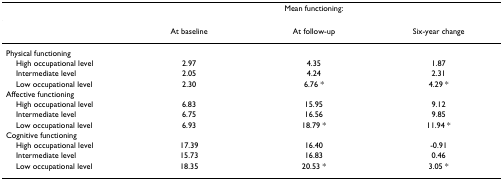
<table><thead><tr><td></td><td colspan="3"><b>Mean functioning:</b></td></tr></thead><tbody><tr><td></td><td>At baseline</td><td>At follow-up</td><td>Six-year change</td></tr><tr><td>Physical functioning</td><td></td><td></td><td></td></tr><tr><td> High occupational level</td><td>2.97</td><td>4.35</td><td>1.87</td></tr><tr><td> Intermediate level</td><td>2.05</td><td>4.24</td><td>2.31</td></tr><tr><td> Low occupational level</td><td>2.30</td><td>6.76 *</td><td>4.29 *</td></tr><tr><td>Affective functioning</td><td></td><td></td><td></td></tr><tr><td> High occupational level</td><td>6.83</td><td>15.95</td><td>9.12</td></tr><tr><td> Intermediate level</td><td>6.75</td><td>16.56</td><td>9.85</td></tr><tr><td> Low occupational level</td><td>6.93</td><td>18.79 *</td><td>11.94 *</td></tr><tr><td>Cognitive functioning</td><td></td><td></td><td></td></tr><tr><td> High occupational level</td><td>17.39</td><td>16.40</td><td>-0.91</td></tr><tr><td> Intermediate level</td><td>15.73</td><td>16.83</td><td>0.46</td></tr><tr><td> Low occupational level</td><td>18.35</td><td>20.53 *</td><td>3.05 *</td></tr></tbody></table>